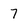
Character: 7